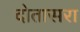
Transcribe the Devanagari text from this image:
दोतासरा